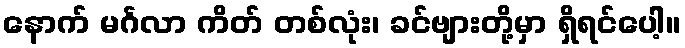
နောက် မင်္ဂလာ ကိတ် တစ်လုံး၊ ခင်ဗျားတို့မှာ ရှိရင်ပေါ့။